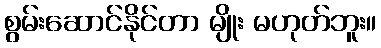
စွမ်းဆောင်နိုင်တာ မျိုး မဟုတ်ဘူး။